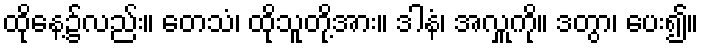
ထိုနေ့၌လည်း။ တေသံ၊ ထိုသူတို့အား။ ဒါနံ၊ အလှူကို။ ဒတွာ၊ ပေး၍။